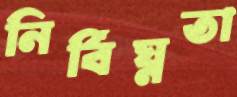
নির্বিঘ্নতা